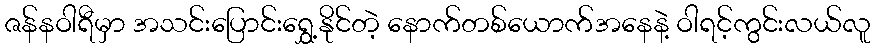
ဇန်နဝါရီမှာ အသင်းပြောင်းရွှေ့နိုင်တဲ့ နောက်တစ်ယောက်အနေနဲ့ ဝါရင့်ကွင်းလယ်လူ